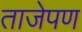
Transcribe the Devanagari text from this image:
ताजेपण